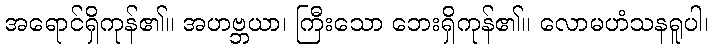
အရောင်ရှိကုန်၏။ အဟဗ္ဘယာ၊ ကြီးသော ဘေးရှိကုန်၏။ လောမဟံသနရူပါ၊